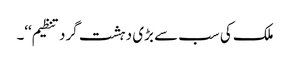
ملک کی سب سے بڑی دہشت گرد تنظیم‘‘۔